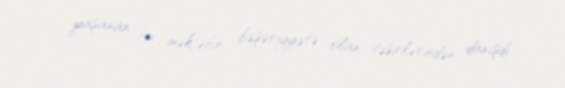
yaşanan bu məktəbin bəşəriyyətə olan təsirlərindən danışdı.